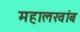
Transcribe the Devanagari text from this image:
महालखांब